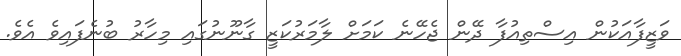
ވަޒީފާއަކުން އިސްތިއުފާ ދޭން ޖެހޭނެ ކަަމަށް ލާމަރުކަޒީ ގާނޫނުގައި މިހާރު ބުނެފައިވެ އެވެ.